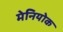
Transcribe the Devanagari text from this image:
मेनियोक